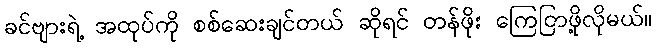
ခင်ဗျားရဲ့ အထုပ်ကို စစ်ဆေးချင်တယ် ဆိုရင် တန်ဖိုး ကြေငြာဖို့လိုမယ်။